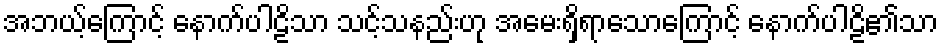
အဘယ့်ကြောင့် နောက်ပါဠိသာ သင့်သနည်းဟု အမေးရှိရာသောကြောင့် နောက်ပါဠိ၏သာ